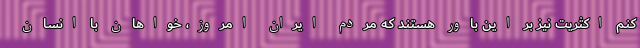
کنم اکثریت نیز بر این باور هستند که مردم ایران امروز، خواهان با انسان